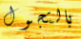
بالتجول